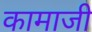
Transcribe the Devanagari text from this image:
कामाजी